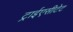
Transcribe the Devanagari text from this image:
ट्राईएसीटेट